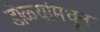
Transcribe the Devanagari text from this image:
डोळ्यांमधून